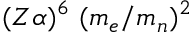
~ ~ ~ ( Z \alpha ) ^ { 6 } ~ ( m _ { e } / m _ { n } ) ^ { 2 }